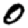
Digit: 0